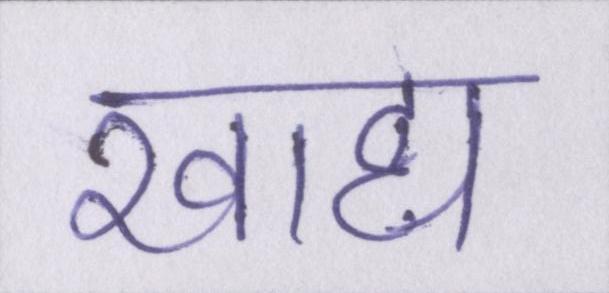
खाद्य